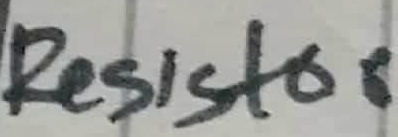
Text: Resistor